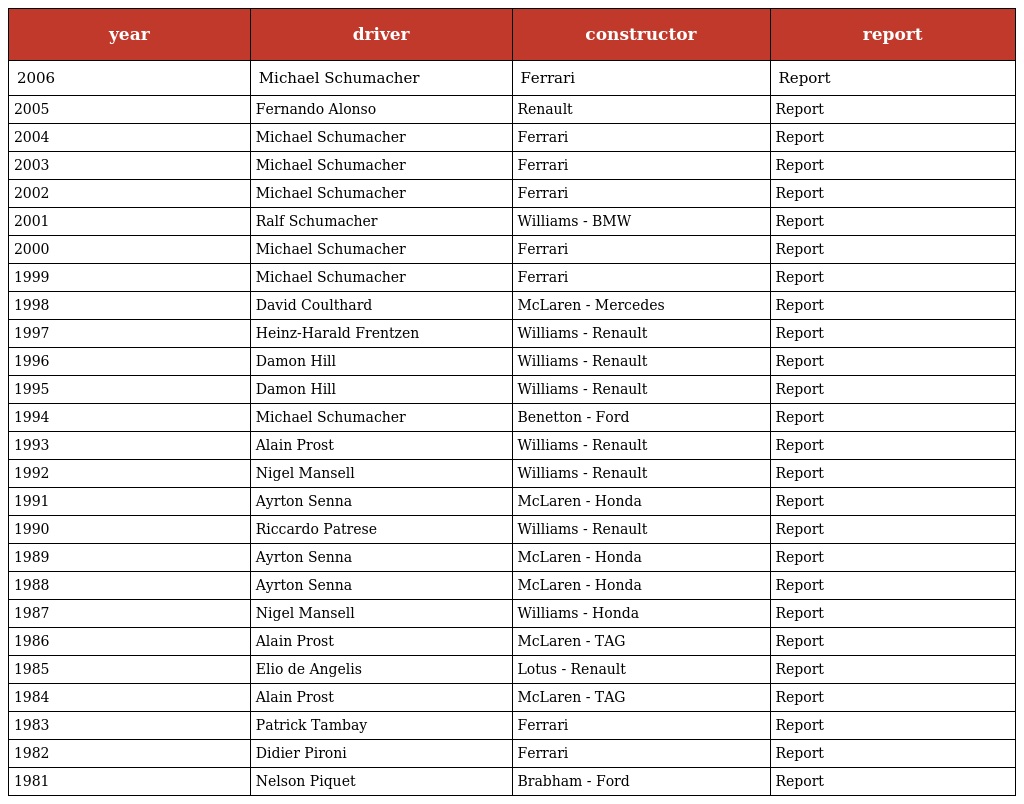
| year | driver | constructor | report |
 | --- | --- | --- | --- |
 | 2006 | Michael Schumacher | Ferrari | Report |
 | 2005 | Fernando Alonso | Renault | Report |
 | 2004 | Michael Schumacher | Ferrari | Report |
 | 2003 | Michael Schumacher | Ferrari | Report |
 | 2002 | Michael Schumacher | Ferrari | Report |
 | 2001 | Ralf Schumacher | Williams - BMW | Report |
 | 2000 | Michael Schumacher | Ferrari | Report |
 | 1999 | Michael Schumacher | Ferrari | Report |
 | 1998 | David Coulthard | McLaren - Mercedes | Report |
 | 1997 | Heinz-Harald Frentzen | Williams - Renault | Report |
 | 1996 | Damon Hill | Williams - Renault | Report |
 | 1995 | Damon Hill | Williams - Renault | Report |
 | 1994 | Michael Schumacher | Benetton - Ford | Report |
 | 1993 | Alain Prost | Williams - Renault | Report |
 | 1992 | Nigel Mansell | Williams - Renault | Report |
 | 1991 | Ayrton Senna | McLaren - Honda | Report |
 | 1990 | Riccardo Patrese | Williams - Renault | Report |
 | 1989 | Ayrton Senna | McLaren - Honda | Report |
 | 1988 | Ayrton Senna | McLaren - Honda | Report |
 | 1987 | Nigel Mansell | Williams - Honda | Report |
 | 1986 | Alain Prost | McLaren - TAG | Report |
 | 1985 | Elio de Angelis | Lotus - Renault | Report |
 | 1984 | Alain Prost | McLaren - TAG | Report |
 | 1983 | Patrick Tambay | Ferrari | Report |
 | 1982 | Didier Pironi | Ferrari | Report |
 | 1981 | Nelson Piquet | Brabham - Ford | Report |